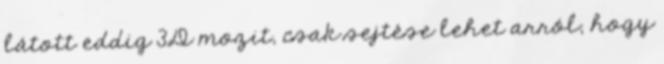
látott eddig 3D mozit, csak sejtése lehet arról, hogy